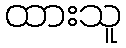
ထားသူ